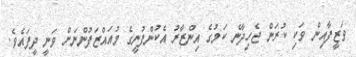
ވަޒީފާއިން ވަކި ކުރަން ޖެހިދާނެ ކަމުގެ އިންޒާރު އެކުންފުނީގެ މުއައްޒަފުންނަށް ވަނީ ދީފައެވެ.